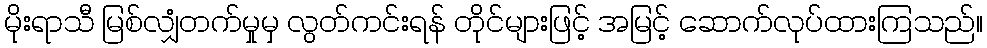
မိုးရာသီ မြစ်လျှံတက်မှုမှ လွတ်ကင်းရန် တိုင်များဖြင့် အမြင့် ဆောက်လုပ်ထားကြသည်။